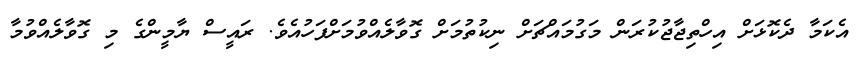
އެކަމާ ދެކޮޅަށް އިހްތިޖާޖުކުރަން މަގުމައްޗަށް ނިކުތުމަށް ގޮވާލެއްވުމަށްފަހުއެވެ. ރައީސް ޔާމީންގެ މި ގޮވާލެއްވުމާ